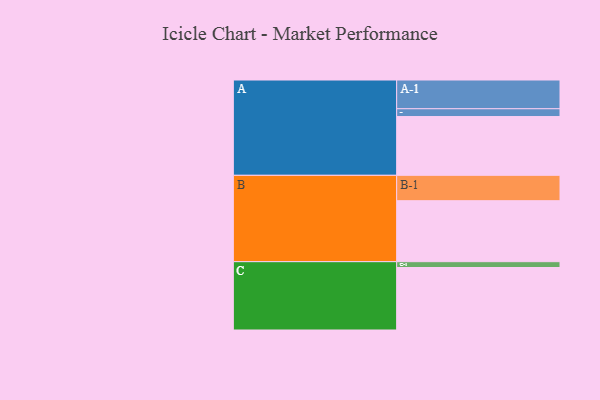
{"axis": {"x": "Segment", "y": "Value"}, "legend": ["", "A", "B", "C"], "data": [{"x": "A", "y": 505, "type": ""}, {"x": "B", "y": 524, "type": ""}, {"x": "C", "y": 537, "type": ""}, {"x": "A-1", "y": 247, "type": "A"}, {"x": "A-2", "y": 67, "type": "A"}, {"x": "B-1", "y": 218, "type": "B"}, {"x": "C-1", "y": 50, "type": "C"}]}